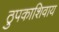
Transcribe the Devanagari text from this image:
ठुपकाशिवाय